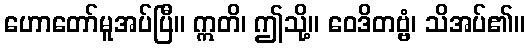
ဟောတော်မူအပ်ပြီ။ ဣတိ၊ ဤသို့။ ဝေဒိတဗ္ဗံ၊ သိအပ်၏။